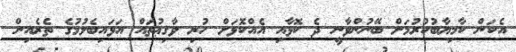
އެކަން ކާމިޔާބުކުރުމަށް ބޭނުންވާނީ ދެ ކޮޅާއި އެއްކޮޅަށް ހުރި ވާޤިޢުތައް އަޅައިބެލުމުގެ ތެރެއިން